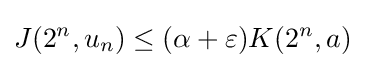
J(2^{n},u_{n})\leq (\alpha +\varepsilon )K(2^{n},a)